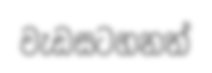
වැඩසටහනත්